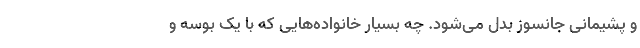
و پشیمانی جانسوز بدل می‌شود. چه بسیار خانواده‌هایی که با یک بوسه و